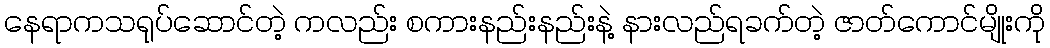
နေရာကသရုပ်ဆောင်တဲ့ ကလည်း စကားနည်းနည်းနဲ့ နားလည်ရခက်တဲ့ ဇာတ်ကောင်မျိုးကို